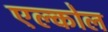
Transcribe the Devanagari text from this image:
एल्कोल